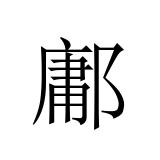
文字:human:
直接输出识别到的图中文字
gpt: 鄘